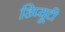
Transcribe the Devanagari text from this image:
डिप्यूटी